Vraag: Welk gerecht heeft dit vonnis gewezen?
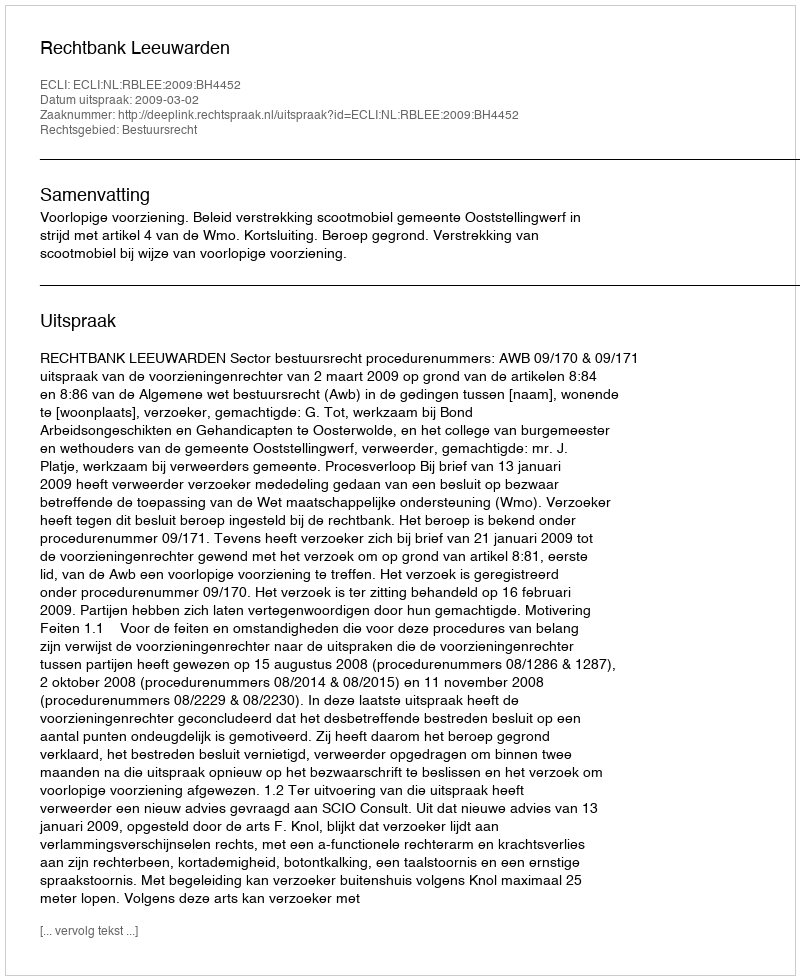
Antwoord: Rechtbank Leeuwarden